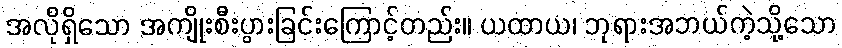
အလိုရှိသော အကျိုးစီးပွားခြင်းကြောင့်တည်း။ ယထာယ၊ ဘုရားအဘယ်ကဲ့သို့သော